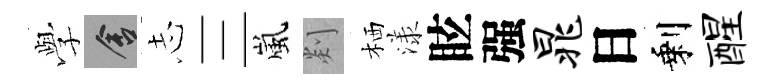
𫝯舍𢖽三嵐剡栖漾眩强晁日剩醒